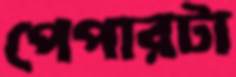
পেপারটা